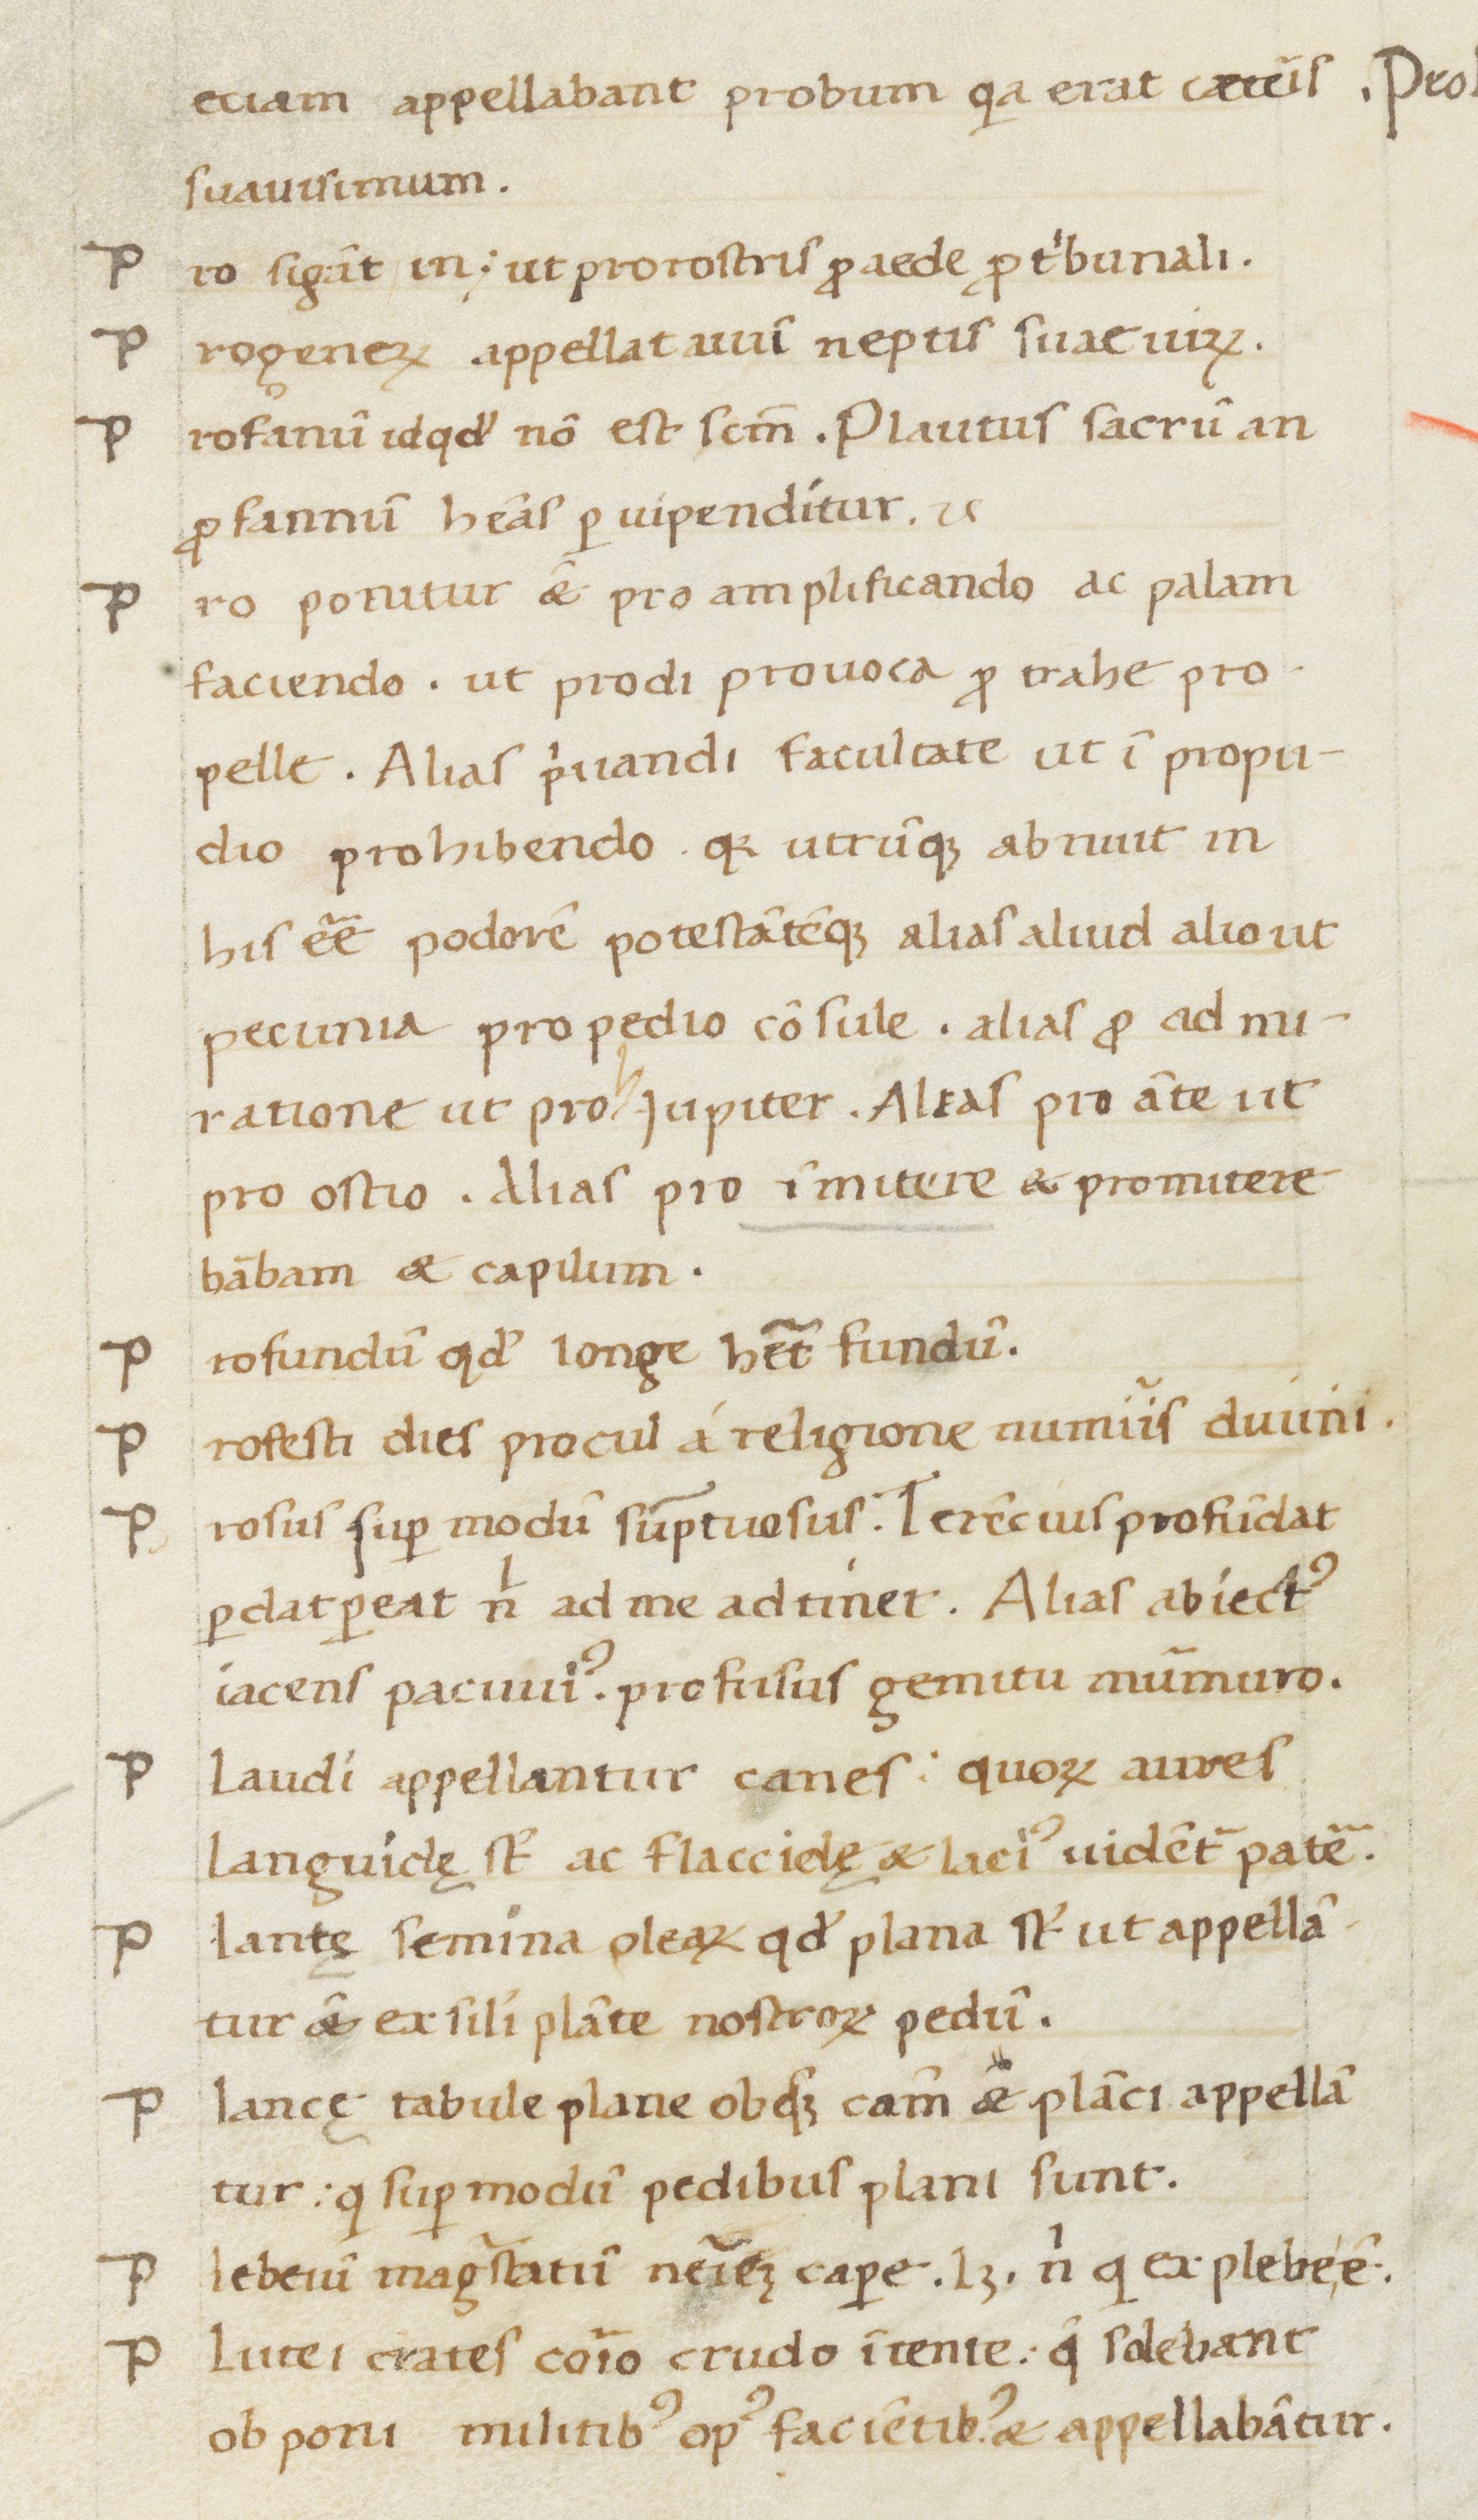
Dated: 1400–1499